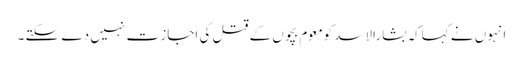
انہوں نے کہاکہ بشارالاسد کومعوم بچوں کے قتل کی اجاز ت نہیں دے سکتے ۔